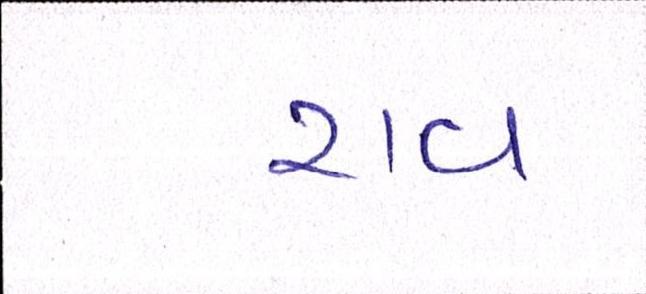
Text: રાવ